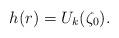
LaTeX: \begin{align*}h(r)=U_k(\zeta_0).\end{align*}